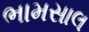
ભામસાલ